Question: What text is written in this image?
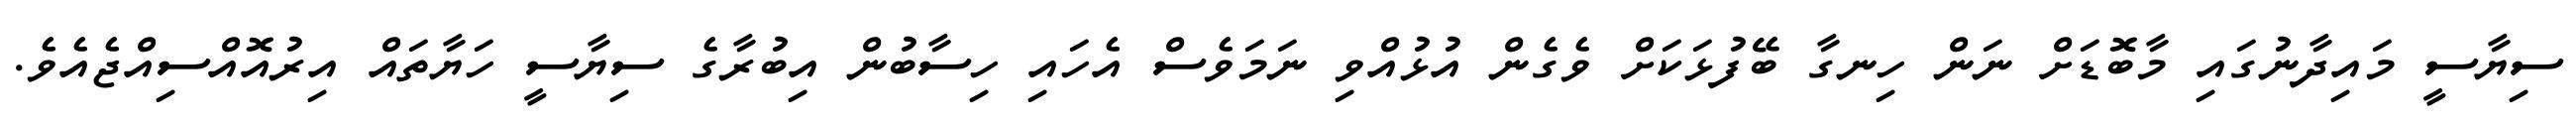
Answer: ސިޔާސީ މައިދާނުގައި މާބޮޑަށް ނަން ހިނގާ ބޭފުޅަކަށް ވެގެން އުޅުއްވި ނަމަވެސް އެހައި ހިސާބުން އިބުރާގެ ސިޔާސީ ހަޔާތައް އިރުއޮއްސިއްޖެއެވެ.